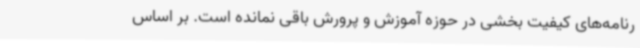
رنامه‌های کیفیت بخشی در حوزه آموزش و پرورش باقی نمانده است. بر اساس